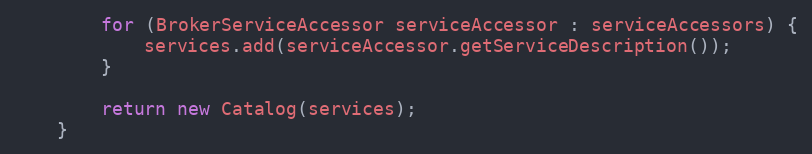
Language: Java
        for (BrokerServiceAccessor serviceAccessor : serviceAccessors) {
            services.add(serviceAccessor.getServiceDescription());
        }

        return new Catalog(services);
    }